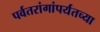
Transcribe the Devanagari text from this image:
पर्वतरांगांपर्यंतच्या